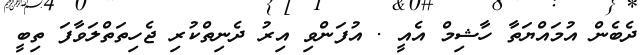
ދެބެން އުމައްޔަތާ ހާޝިމް އެއީ . އުފަންވި އިރު ދެނިތްކުރި ޖެހިތަތްލަވާފަ ތިބީ